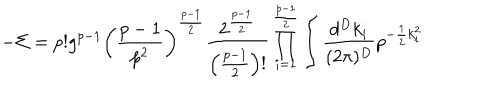
LaTeX: - \Sigma = p ! g ^ { p - 1 } \left( \frac { p - 1 } { p ^ { 2 } } \right) ^ { \frac { p - 1 } { 2 } } \frac { 2 ^ { \frac { p - 1 } { 2 } } } { \left( \frac { p - 1 } { 2 } \right) ! } \prod _ { i = 1 } ^ { \frac { p - 1 } { 2 } } \int \frac { d ^ { D } k _ { i } } { ( 2 \pi ) ^ { D } } p ^ { - \frac { 1 } { 2 } k _ { i } ^ { 2 } }